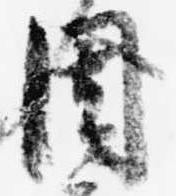
周